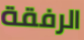
الرفقة